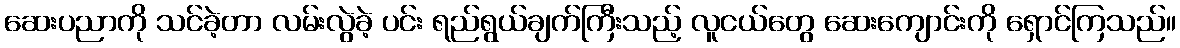
ဆေးပညာကို သင်ခဲ့တာ လမ်းလွဲခဲ့ ပင်း ရည်ရွယ်ချက်ကြီးသည့် လူငယ်တွေ ဆေးကျောင်းကို ရှောင်ကြသည်။